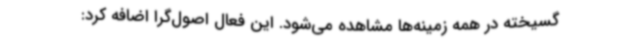
گسیخته در همه زمینه‌ها مشاهده می‌شود. این فعال اصول‌گرا اضافه کرد: